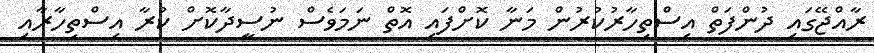
ރާއްޖޭގައި ދުންފަތް އިސްތިހާރުކުުރުން މަނާ ކޮށްފައި އޮތް ނަމަވެސް ނުސީދާކޮށް ކުރާ އިސްތިހާރާއި